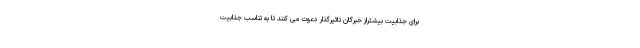
برای جذابیت بیشتراز خبرگان تاثیرگذار دعوت می کنند تا به تناسب جذابیت